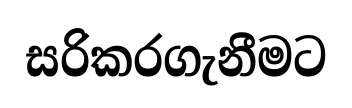
සරිකරගැනීමට